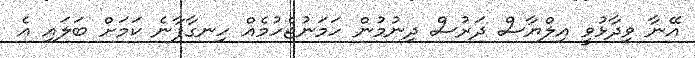
އޭނާ ވިދާޅުވީ އިލްޔާސް ދަރުސް ދިނުމުން ހަމަނުޖެހުމެއް ހިނގާފާނެ ކަމަށް ބަލައި އެ